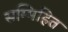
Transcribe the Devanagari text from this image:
सम्मिहित